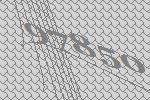
97850